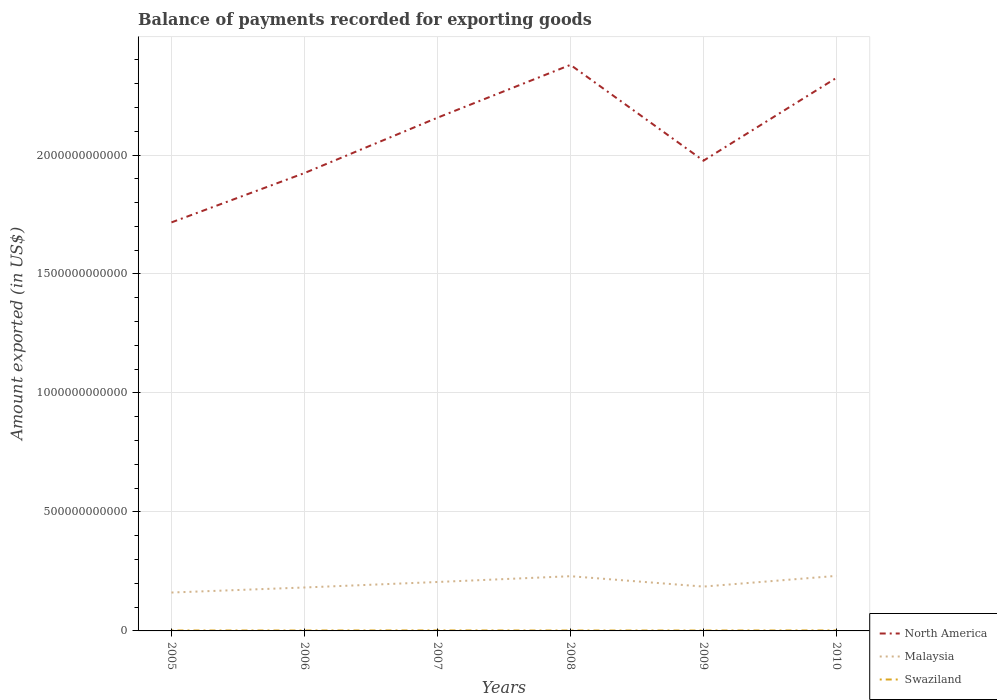
| Years | North America | Malaysia | Swaziland |
 | --- | --- | --- | --- |
 | 2005 | 1.72e+12 | 1.61e+11 | 1.8e+09 |
 | 2006 | 1.92e+12 | 1.83e+11 | 1.84e+09 |
 | 2007 | 2.16e+12 | 2.06e+11 | 2.12e+09 |
 | 2008 | 2.38e+12 | 2.3e+11 | 1.74e+09 |
 | 2009 | 1.98e+12 | 1.86e+11 | 1.78e+09 |
 | 2010 | 2.32e+12 | 2.31e+11 | 2.06e+09 |